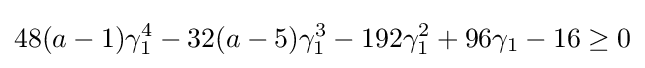
48(a-1)\gamma _{1}^{4}-32(a-5)\gamma _{1}^{3}-192\gamma _{1}^{2}+96\gamma _{1}-16\geq 0